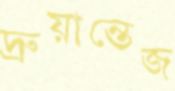
দ্রুয়ান্তেজ